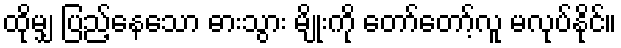
ထိုမျှ ပြည့်နေသော ဓားသွား မျိုးကို တော်တော့်လူ မလုပ်နိုင်။